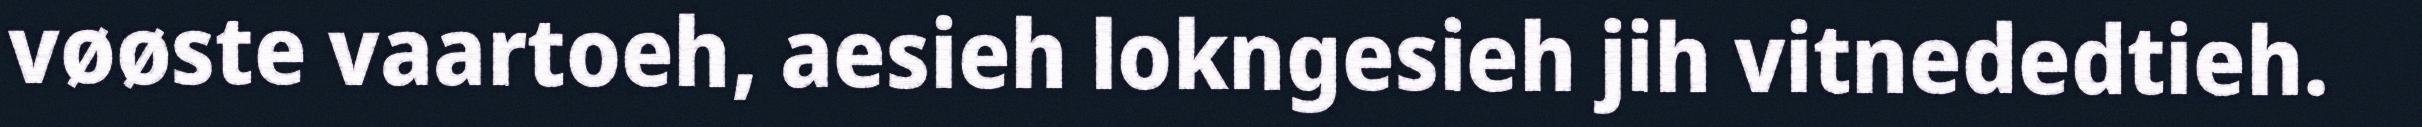
vøøste vaartoeh, aesieh lokngesieh jih vitnededtieh.